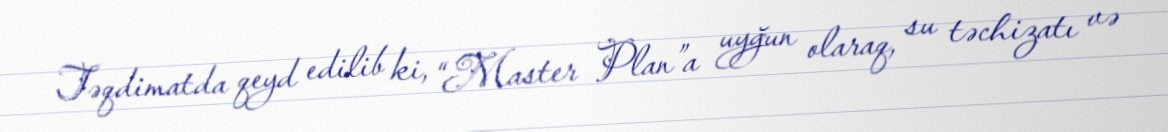
Təqdimatda qeyd edilib ki, “Master Plan”a uyğun olaraq, su təchizatı və